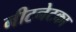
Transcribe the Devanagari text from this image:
नीटनेटका